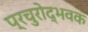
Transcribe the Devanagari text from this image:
प्रचुरोद्भवक